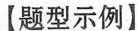
【题型示例】